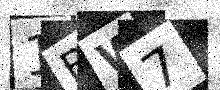
Text: 1BW7